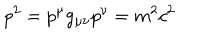
p ^ { 2 } = p ^ { \mu } g _ { \mu \nu } p ^ { \nu } = m ^ { 2 } c ^ { 2 }